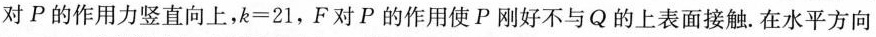
对P的作用力竖直向上，$$k = 2 1$$，F对P的作用使P刚好不与Q的上表面接触。在水平方向